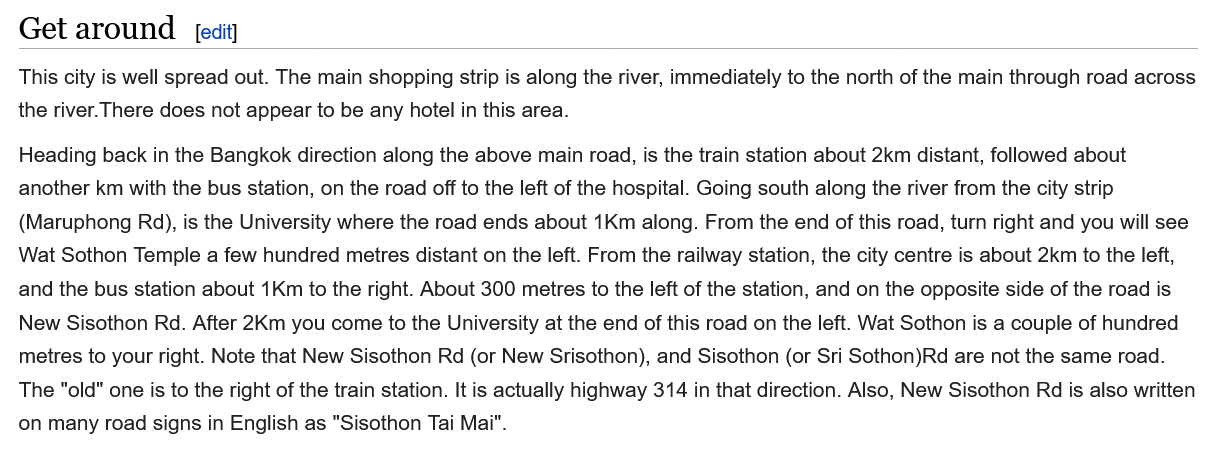
This city is well spread out. The main shopping strip is along the river, immediately to the north of the main through road across
  the river. There does not appear to be any hotel in this area.
  Get   around    [edit]
  Heading back in the Bangkok direction along the above main road, is the train station about 2km distant, followed about
  another km with the bus station, on the road off to the left of the hospital. Going south along the river from the city strip
  (Maruphong Rd), is the University where the road ends about 1Km along. From the end of this road, turn right and you will see
  Wat Sothon Temple a few hundred metres distant on the left. From the railway station, the city centre is about 2km to the left,
  and the bus station about 1Km to the right. About 300 metres to the left of the station, and on the opposite side of the road is
  New  Sisothon Rd. After 2Km you come to the University at the end of this road on the left. Wat Sothon is a couple of hundred
  metres to your right. Note that New Sisothon Rd (or New Srisothon), and Sisothon (or Sri Sothon)Rd are not the same road.
  The "old" one is to the right of the train station. It is actually highway 314 in that direction. Also, New Sisothon Rd is also written
  on many road signs in English as "Sisothon Tai Mai".